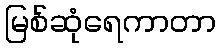
မြစ်ဆုံရေကာတာ